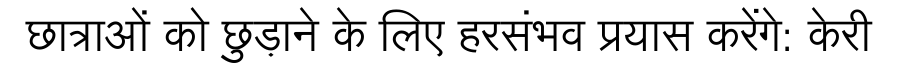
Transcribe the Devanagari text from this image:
छात्राओं को छुड़ाने के लिए हरसंभव प्रयास करेंगे: केरी